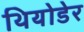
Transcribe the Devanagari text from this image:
थियोडेर